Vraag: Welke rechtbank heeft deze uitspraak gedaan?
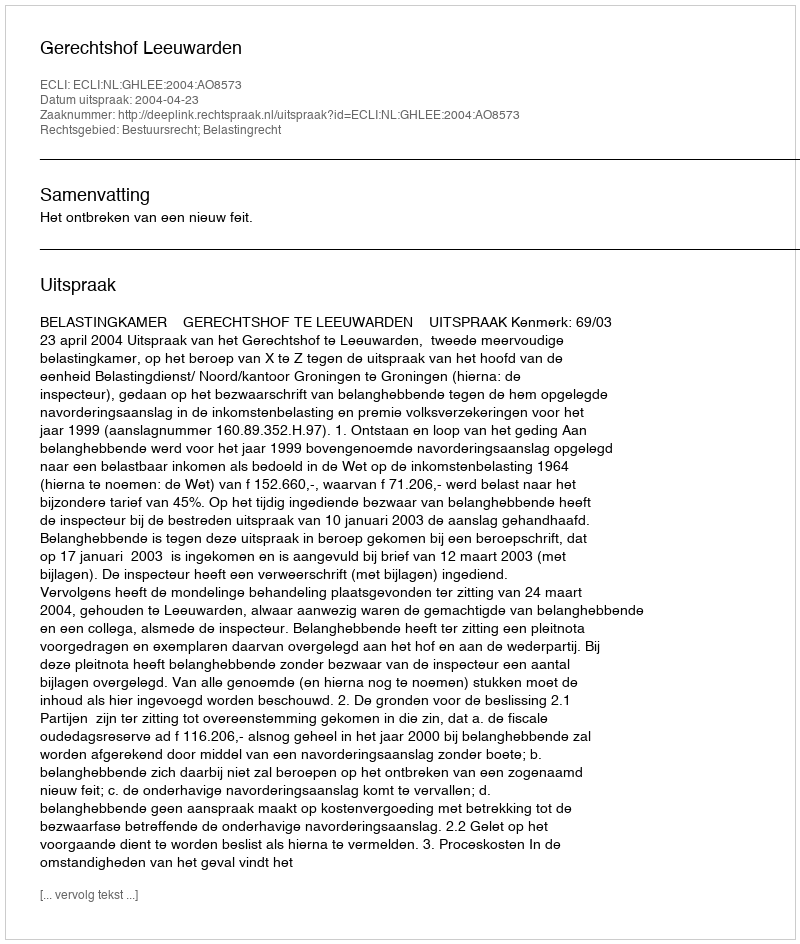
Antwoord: Gerechtshof Leeuwarden